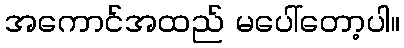
အကောင်အထည် မပေါ်တော့ပါ။